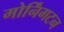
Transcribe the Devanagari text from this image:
मोर्निंगटन